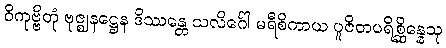
ဝိကုဗ္ဗိတုံ ဗုဇ္ဈနဋ္ဌေန ဒိဿန္တေ သလိင်္ဂေါ မရီစိကာယ ပူဇိတပရိစ္ဆိန္နေသု